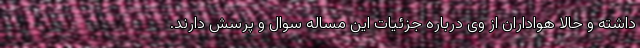
داشته و حالا هواداران از وی درباره جزئیات این مساله سوال و پرسش دارند.